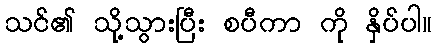
သင်၏ သို့သွားပြီး စပီကာ ကို နှိပ်ပါ။